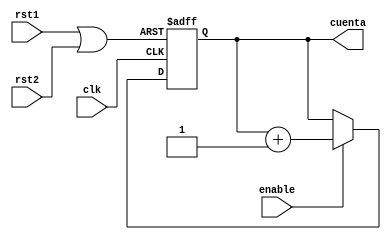
`timescale 1ns / 1ps
//////////////////////////////////////////////////////////////////////////////////

//////////////////////////////////////////////////////////////////////////////////
module Up_Counte_12bitsPosEdge(
    input clk,
    input rst1,
	 input rst2,
    output reg [11:0] cuenta,
    input enable
    );

wire rst;
or (rst, rst1, rst2);
always @(posedge clk, posedge rst)
	if(rst)
	cuenta<=11'b0;
	else if(enable)
			cuenta<=cuenta+12'd1;
		else	
			cuenta<=cuenta;

endmodule